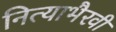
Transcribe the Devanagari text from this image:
नित्याभैरवी